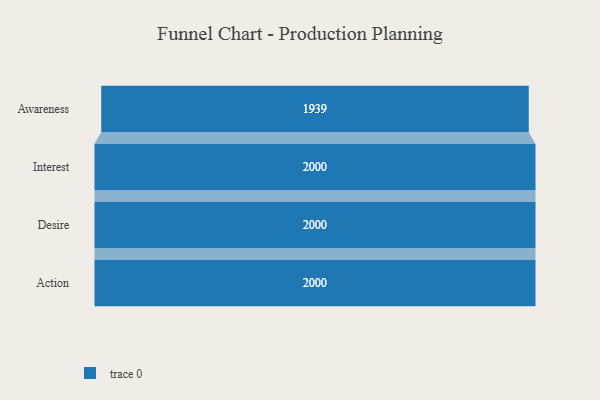
{"axis": {"x": "Stage", "y": "Value"}, "legend": [""], "data": [{"x": "Awareness", "y": 1939.0, "type": ""}, {"x": "Interest", "y": 2000, "type": ""}, {"x": "Desire", "y": 2000, "type": ""}, {"x": "Action", "y": 2000, "type": ""}]}